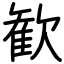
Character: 歓